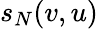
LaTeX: s_{N}(v,u)